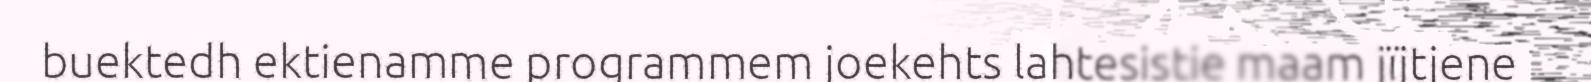
buektedh ektienamme programmem joekehts lahtesistie maam jïjtjene